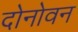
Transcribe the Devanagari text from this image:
दोनोवन